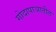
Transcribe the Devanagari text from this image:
गोदापाञातील